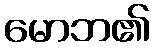
မောဘ၏